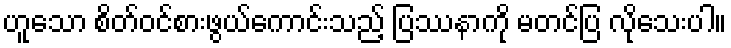
ဟူသော စိတ်ဝင်စားဖွယ်ကောင်းသည့် ပြဿနာကို မတင်ပြ လိုသေးပါ။